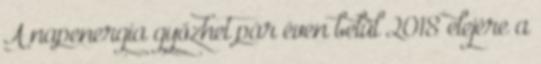
A napenergia győzhet pár éven belül 2018 elejére a